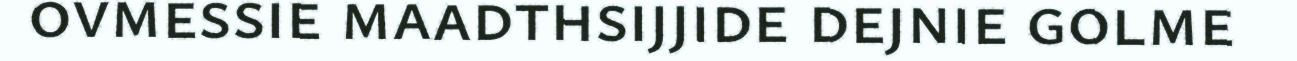
ovmessie maadthsijjide dejnie golme